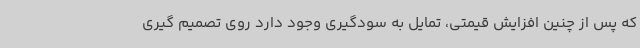
که پس از چنین افزایش قیمتی، تمایل به سودگیری وجود دارد روی تصمیم گیری